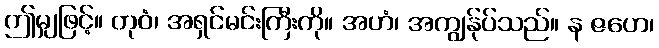
ဤမျှဖြင့်။ တုဝံ၊ အရှင်မင်းကြီးကို။ အဟံ၊ အကျွန်ုပ်သည်။ န ဇဟေ၊